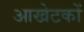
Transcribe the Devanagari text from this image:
आखेटकों